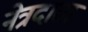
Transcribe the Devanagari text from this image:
नेत्रदाता